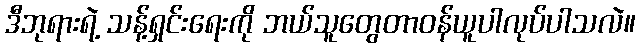
ဒီဘုရားရဲ့ သန့်ရှင်းရေးကို ဘယ်သူတွေတာဝန်ယူပါလုပ်ပါသလဲ။